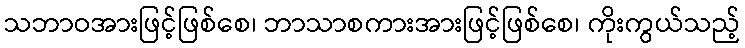
သဘာဝအားဖြင့်ဖြစ်စေ၊ ဘာသာစကားအားဖြင့်ဖြစ်စေ၊ ကိုးကွယ်သည့်